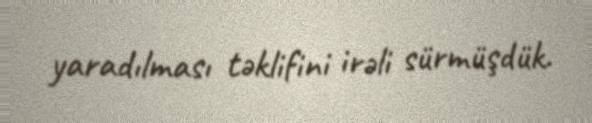
yaradılması təklifini irəli sürmüşdük.